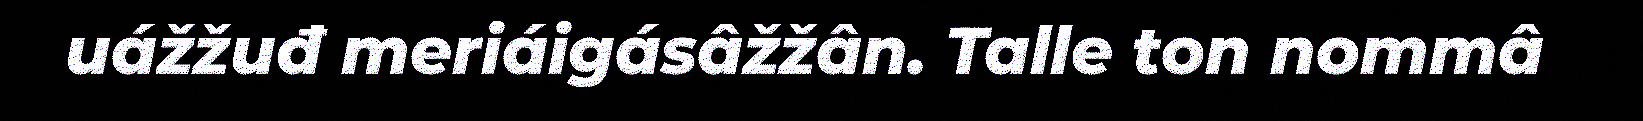
uážžuđ meriáigásâžžân. Talle ton nommâ